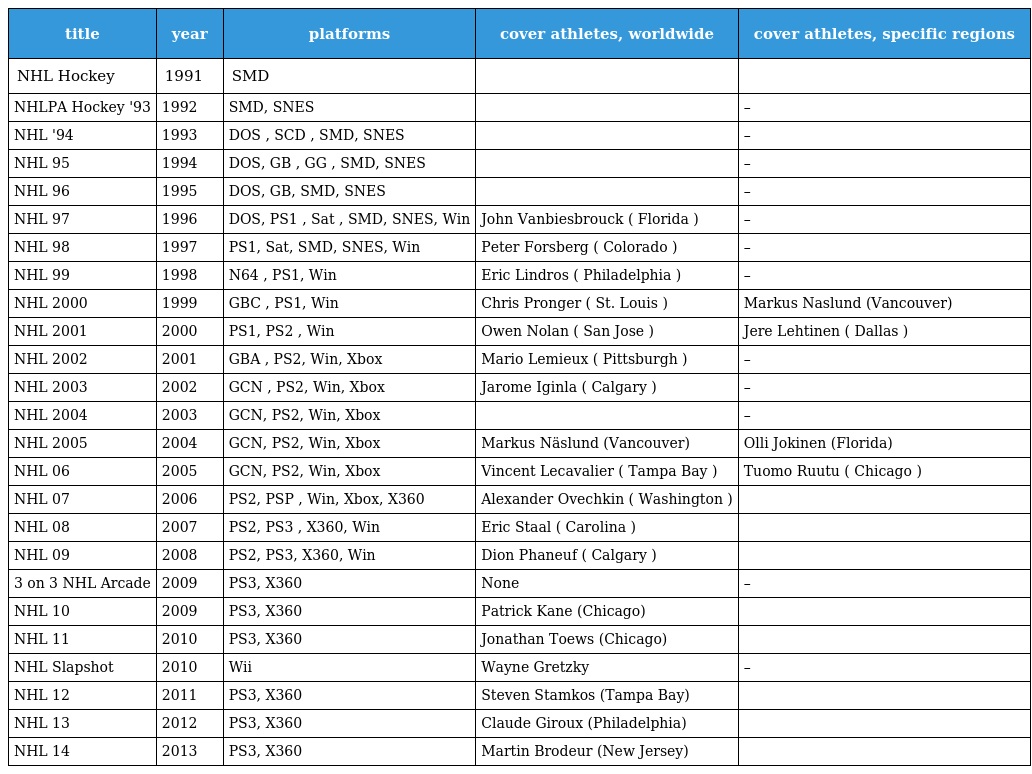
| title | year | platforms | cover athletes, worldwide | cover athletes, specific regions |
 | --- | --- | --- | --- | --- |
 | NHL Hockey | 1991 | SMD |  |  |
 | NHLPA Hockey '93 | 1992 | SMD, SNES |  | – |
 | NHL '94 | 1993 | DOS , SCD , SMD, SNES |  | – |
 | NHL 95 | 1994 | DOS, GB , GG , SMD, SNES |  | – |
 | NHL 96 | 1995 | DOS, GB, SMD, SNES |  | – |
 | NHL 97 | 1996 | DOS, PS1 , Sat , SMD, SNES, Win | John Vanbiesbrouck ( Florida ) | – |
 | NHL 98 | 1997 | PS1, Sat, SMD, SNES, Win | Peter Forsberg ( Colorado ) | – |
 | NHL 99 | 1998 | N64 , PS1, Win | Eric Lindros ( Philadelphia ) | – |
 | NHL 2000 | 1999 | GBC , PS1, Win | Chris Pronger ( St. Louis ) | Markus Naslund (Vancouver) |
 | NHL 2001 | 2000 | PS1, PS2 , Win | Owen Nolan ( San Jose ) | Jere Lehtinen ( Dallas ) |
 | NHL 2002 | 2001 | GBA , PS2, Win, Xbox | Mario Lemieux ( Pittsburgh ) | – |
 | NHL 2003 | 2002 | GCN , PS2, Win, Xbox | Jarome Iginla ( Calgary ) | – |
 | NHL 2004 | 2003 | GCN, PS2, Win, Xbox |  | – |
 | NHL 2005 | 2004 | GCN, PS2, Win, Xbox | Markus Näslund (Vancouver) | Olli Jokinen (Florida) |
 | NHL 06 | 2005 | GCN, PS2, Win, Xbox | Vincent Lecavalier ( Tampa Bay ) | Tuomo Ruutu ( Chicago ) |
 | NHL 07 | 2006 | PS2, PSP , Win, Xbox, X360 | Alexander Ovechkin ( Washington ) |  |
 | NHL 08 | 2007 | PS2, PS3 , X360, Win | Eric Staal ( Carolina ) |  |
 | NHL 09 | 2008 | PS2, PS3, X360, Win | Dion Phaneuf ( Calgary ) |  |
 | 3 on 3 NHL Arcade | 2009 | PS3, X360 | None | – |
 | NHL 10 | 2009 | PS3, X360 | Patrick Kane (Chicago) |  |
 | NHL 11 | 2010 | PS3, X360 | Jonathan Toews (Chicago) |  |
 | NHL Slapshot | 2010 | Wii | Wayne Gretzky | – |
 | NHL 12 | 2011 | PS3, X360 | Steven Stamkos (Tampa Bay) |  |
 | NHL 13 | 2012 | PS3, X360 | Claude Giroux (Philadelphia) |  |
 | NHL 14 | 2013 | PS3, X360 | Martin Brodeur (New Jersey) |  |